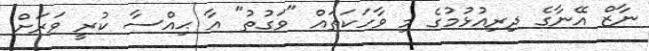
ނާޒް އޭނާގެ ދިރިއުޅުމުގެ މި ވާހަކަތައް "ވަގުތު" އާ ޙިއްސާ ކުރީ ވަރަށް